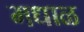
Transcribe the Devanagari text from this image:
मधाळ